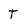
Character: T